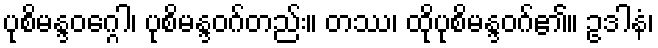
ပုစိမန္ဒဝဂ္ဂေါ၊ ပုစိမန္ဒဝဂ်တည်း။ တဿ၊ ထိုပုစိမန္ဒဝဂ်၏။ ဥဒါနံ၊